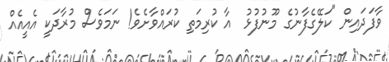
ވާފަދައިން "ކަލޭގެފާނުގެ މޫނުފުޅު  އާ ކުރިމަތި ކުރައްވާށެވެ! ނަމަވެސް މުރާދަކީ އެއީއެއް